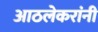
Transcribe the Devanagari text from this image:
आठलेकरांनी